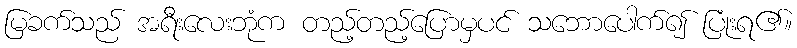
မြခက်သည် အရီးလေးဘုံက တည့်တည့်ပြောမှပင် သဘောပေါက်၍ ပြုံးရ၏။